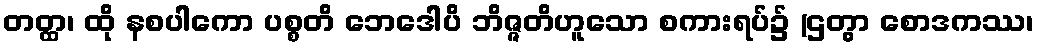
တတ္ထ၊ ထို နစပါကော ပစ္စတိ ဘေဒေါပိ ဘိဇ္ဇတိဟူသော စကားရပ်၌ (ဌတွာ စောဒကဿ၊